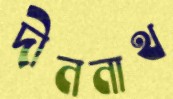
দীননাথ